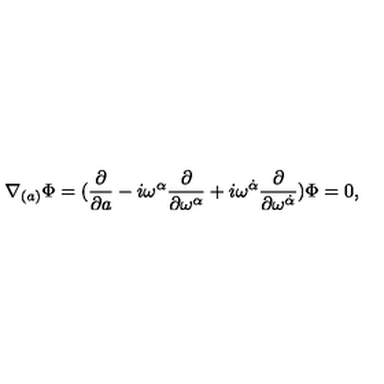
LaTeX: \nabla _ { ( a ) } \Phi = ( { \frac \partial { \partial a } } - i \omega ^ { \alpha } { \frac \partial { \partial \omega ^ { \alpha } } } + i \omega ^ { \dot { \alpha } } \frac { \partial } { \partial \omega ^ { \dot { \alpha } } } ) \Phi = 0 ,